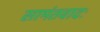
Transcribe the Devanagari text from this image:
सामंतवादः